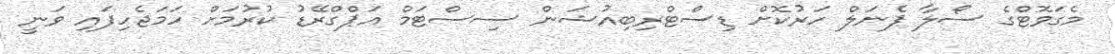
މެގަވޮޓްގެ ސޯލާ ޕެނަލް ހަރުކޮށް ޑިސްޓްރިބިއުޝަން ސިސްޓަމް އަޕްގްރޭޑު ކުރުމަށް ހަމަޖެހިފައި ވަނީ